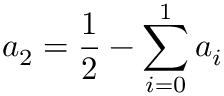
a _ { 2 } = \frac { 1 } { 2 } - \sum _ { i = 0 } ^ { 1 } a _ { i }